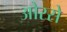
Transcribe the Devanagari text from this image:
ओरसे